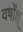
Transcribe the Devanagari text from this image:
वर्षोंश्